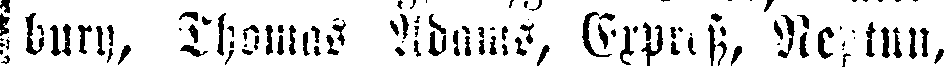
bury, Thomas Adams, Express, Neptun,